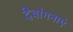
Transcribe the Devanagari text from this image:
देवांगनाएं